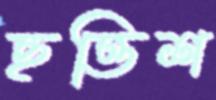
ছত্তিশ